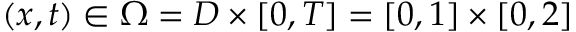
( x , t ) \in \Omega = D \times [ 0 , T ] = [ 0 , 1 ] \times [ 0 , 2 ]